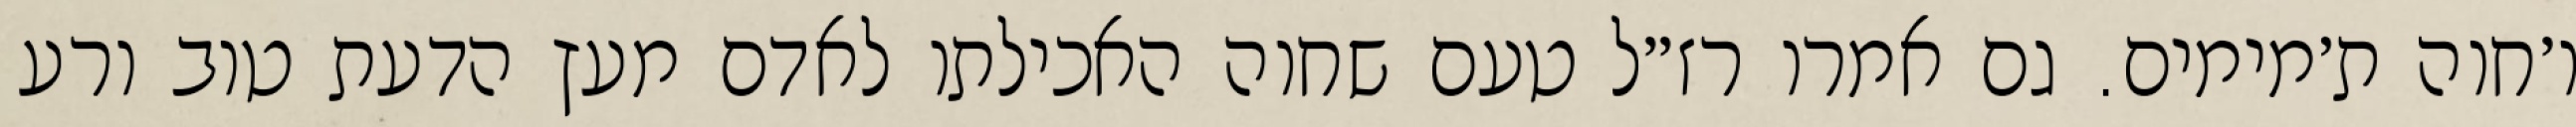
ו׳חוה ת׳מימים. גם אמרו רז״ל טעם שחוה האכילתו לאדם מעץ הדעת טוב ורע